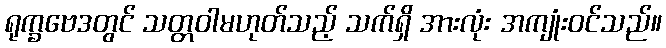
ရုက္ခဗေဒတွင် သတ္တဝါမဟုတ်သည့် သက်ရှိ အားလုံး အကျုံးဝင်သည်။